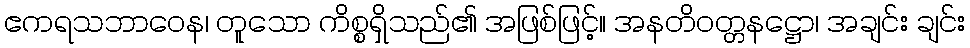
ဧကရသဘာဝေန၊ တူသော ကိစ္စရှိသည်၏ အဖြစ်ဖြင့်။ အနတိဝတ္တနဋ္ဌော၊ အချင်း ချင်း